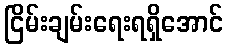
ငြိမ်းချမ်းရေးရရှိအောင်